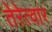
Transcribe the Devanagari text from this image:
तेरेत्वार